Theory and practice of anti-rabic immunisation - Number 30
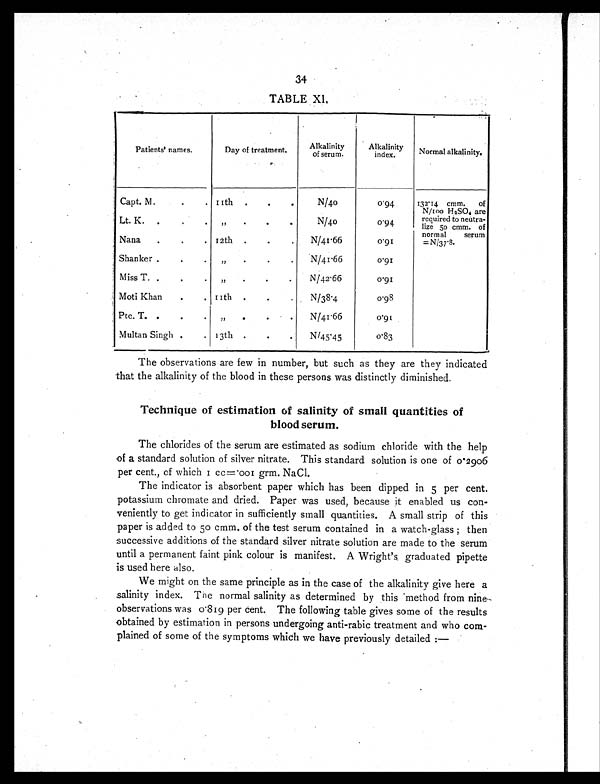
34
TABLE XI,
Patients' names.
Day of treatment.
r
Alkalinity
of serum.
Alkalinity
index.
Normal alkalinity.
Capt. M.
.
. 11th
.
.
.
N/40
0.94
132.14 cmm. of
N/100 H2SO4 are
required to neutra-
lize 50 cmm. of
normal serum
=N/37.8.
Lt. K.
.
. .
,,
N/40
0.94
Nana
.
. .
12th
.
.
.
N/41.66
0 . 9 1
Shanker .
.
,,
. . .
N/41.66
0.91
Miss T. .
. .
,,
. . .
N/42.66
0.91
Moti Khan
.
. 11th
.
.
.
N/38.4
0.98
Pte. T. .
.
.
,,
.
.
.
N/41.66
0 . 9 1
Multan Singh .
. 13th .
. .
N/45.45
0.83
The observations are few in number, but such as they are they indicated
that the alkalinity of the blood in these persons was distinctly diminished.
Technique of estimation of salinity of small quantities of
blood serum.
The chlorides of the serum are estimated as sodium chloride with the help
of a standard solution of silver nitrate. This standard solution is one of 0.2906
per cent., of which 1 cc=.001 grm. NaCl.
The indicator is absorbent paper which has been dipped in 5 per cent.
potassium chromate and dried. Paper was used, because it enabled us con-
veniently to get indicator in sufficiently small quantities. A small strip of this
paper is added to 50 cmm. of the test serum contained in a watch-glass ; then
successive additions of the standard silver nitrate solution are made to the serum
until a permanent faint pink colour is manifest. A Wright's graduated pipette
is used here also.
We might on the same principle as in the case of the alkalinity give here a
salinity index. The normal salinity as determined by this method from nine-
observations was 0.819 per cent. The following table gives some of the results
obtained by estimation in persons undergoing anti-rabic treatment and who com-
plained of some of the symptoms which we have previously detailed :—